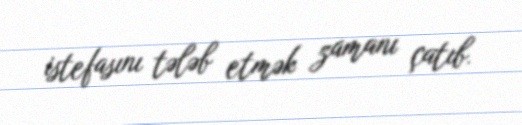
istefasını tələb etmək zamanı çatıb.